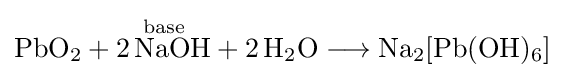
{\mathrm {PbO} {\vphantom {A}}_{\smash[{t}]{2}}{}+{}{\overset {\mathrm {base} }{2\,\mathrm {NaOH} }}{}+{}2\,\mathrm {H} {\vphantom {A}}_{\smash[{t}]{2}}\mathrm {O} {}\mathrel {\longrightarrow } {}\mathrm {Na} {\vphantom {A}}_{\smash[{t}]{2}}[\mathrm {Pb} (\mathrm {OH} ){\vphantom {A}}_{\smash[{t}]{6}}]}